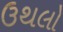
ઉથલો